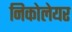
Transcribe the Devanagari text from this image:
निकोलेयर